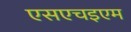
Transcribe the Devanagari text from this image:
एसएचइएम